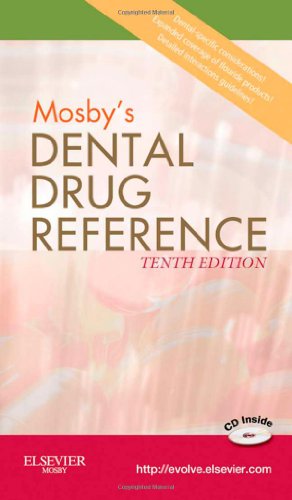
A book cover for Mosby's Dental Drug Reference, 10e; Arthur H. Jeske DMD  PhD; Medical Books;